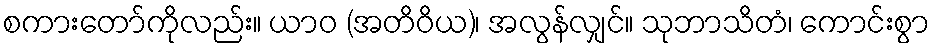
စကားတော်ကိုလည်း။ ယာဝ (အတိဝိယ)၊ အလွန်လျှင်။ သုဘာသိတံ၊ ကောင်းစွာ